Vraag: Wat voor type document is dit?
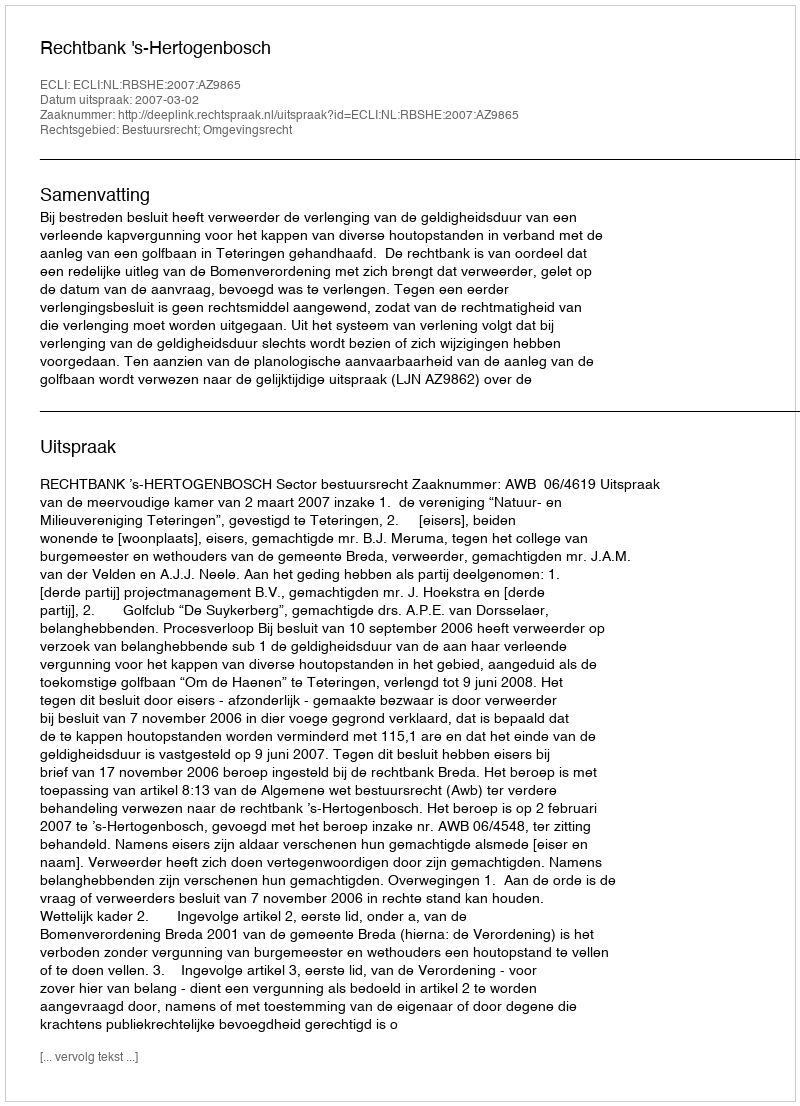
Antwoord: Uitspraak